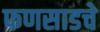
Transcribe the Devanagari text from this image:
फणसाडचे